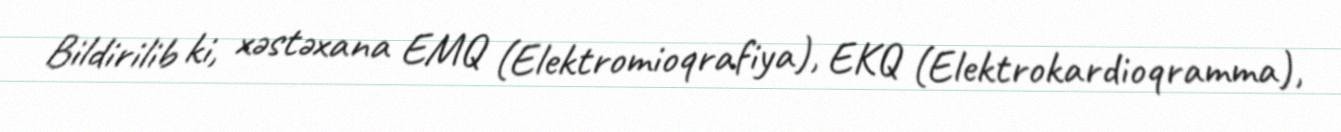
Bildirilib ki, xəstəxana EMQ (Elektromioqrafiya), EKQ (Elektrokardioqramma),